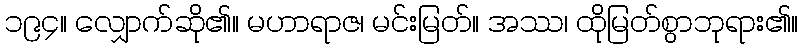
၁၉၄။ လျှောက်ဆို၏။ မဟာရာဇ၊ မင်းမြတ်။ အဿ၊ ထိုမြတ်စွာဘုရား၏။